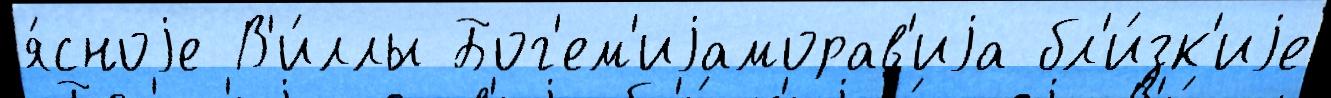
я́сноjе В'и́ллы Бог'ем'иjаморав'иjа бл'и́зк'иjе